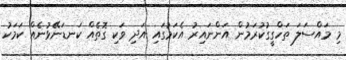
މި މައްސަލަ ތަހްގީގުކުރަމުން އަންނައިރު އެކަމުގައި އަދި ވަކި ގޮތެއް ކަނޑަނޭޅުނެއް ކަމަކު